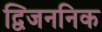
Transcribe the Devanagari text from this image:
द्विजननिक